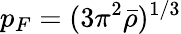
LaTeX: p_{F}=(3\pi^{2}\bar{\rho})^{1/3}